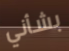
بشأني